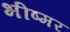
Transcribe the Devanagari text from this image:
भीष्मर